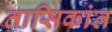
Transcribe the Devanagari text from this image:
तासिकांत